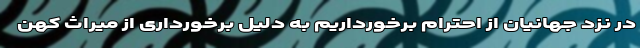
در نزد جهانیان از احترام برخورداریم به دلیل برخورداری از میراث کهن